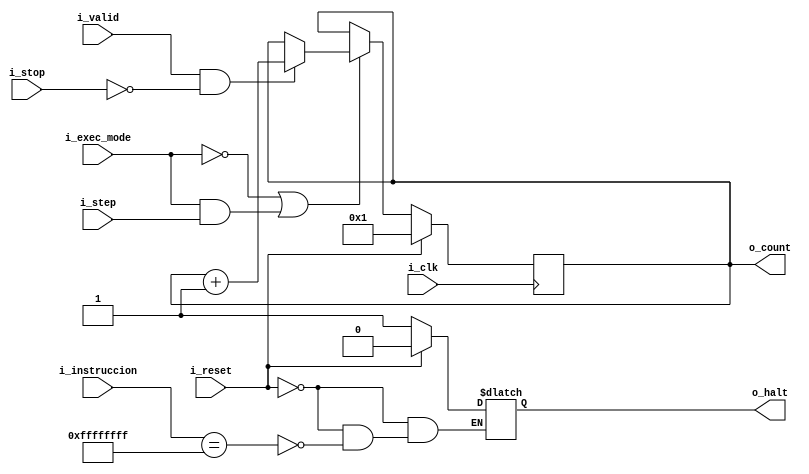
`timescale 1ns / 1ps

module clk_cntr
(
    input  wire         i_clk, i_reset, i_valid,
    input  wire         i_exec_mode, i_step,
    input  wire [31:0]  i_instruccion,
    input  wire         i_stop,
    
    output wire         o_halt,
    output wire [31:0]  o_count
);
    reg [31:0] count;
    reg        halt = 1'b0;
    
    always@(posedge i_clk)begin:contar
        if(i_reset)
            count <= 32'b1;
        else if(i_exec_mode == 1'b0 || (i_exec_mode && i_step))
        begin
            if(i_valid && ~i_stop)
                count <= count + 1;
            else
                count <= count;
        end
    end
    
    always@(*)begin:leer_instruccion
        if(i_reset)
            halt = 1'b0;
        else if(i_instruccion == {32{1'b1}})
            halt = 1'b1;
    end
    
    assign o_count = count;
    assign o_halt  = halt;
endmodule